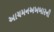
આચમનઅખબારની